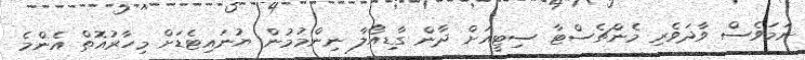
ނަމަވެސް ވާދަވެރި މެންޗެސްޓާ ސިޓީއަށް ދާން ގާޑިއޯލާ ނިންމުމުން ޔުނައިޓެޑަށް މިހާރުއޮތް އެންމެ